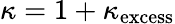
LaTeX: \kappa=1+\kappa_{\mathrm{excess}}